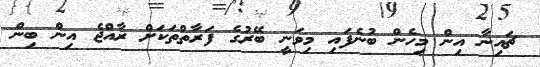
ޗައިނާ އިން މިހެން ބުނެފައި މިވަނީ ބޭރުގެ ފަރާތްތަކަށް ރާއްޖެ އިން ބިން